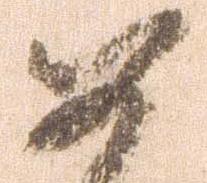
如